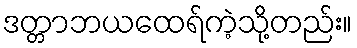
ဒတ္တာဘယထေရ်ကဲ့သို့တည်း။